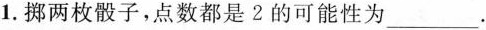
1.掷两枚骰子，点数都是2的可能性为___.